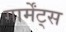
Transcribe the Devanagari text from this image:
गार्मेंट्स